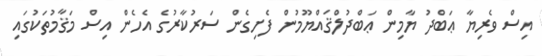
އިސް ވެރިޔާ ޢަބްދު ޔާމިން ޢަބްދުލްޤައްޔޫމުން ފެށިގެން ސަރުކާރުގެ އެހެން އިސް މަޤާމުތަކުގައި